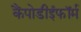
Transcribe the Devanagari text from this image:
कैंपोडीईफॉर्म